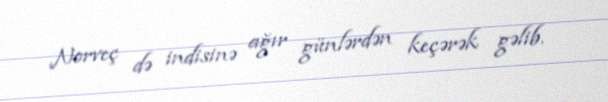
Norveç də indisinə ağır günlərdən keçərək gəlib.